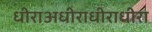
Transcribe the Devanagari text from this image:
धीराअधीराधीराधीरा